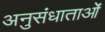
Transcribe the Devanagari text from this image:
अनुसंधाताओं